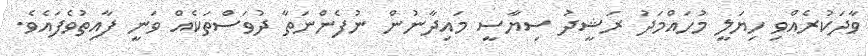
ވާދަކުރެއްވި ހިޔަލީ މުހައްމަދު ރަޝީދު ސިޔާސީ މައިދާނުން ނުފެންނަތާ ދުވަސްތަކެއް ވަނީ ފާއިތުވެފައެވެ.